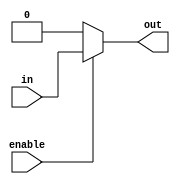
module buffer (
    input wire in,
    input wire enable,
    output reg out
);

always @ (in, enable)
begin
    if (enable)
        out = in;
    else
        out = 1'b0;
end

endmodule